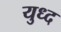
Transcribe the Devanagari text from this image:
युध्‍द